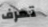
تعرف